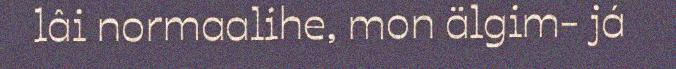
lâi normaalihe, mon älgim- já